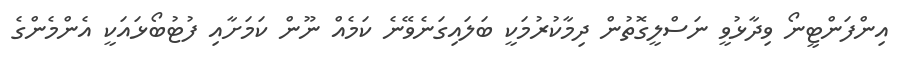
އިންފަންޓީނޯ ވިދާޅުވީ ނަސްލީގޮތުން ދިމާކުރުމަކީ ބަލައިގަނެވޭނެ ކަމެއް ނޫން ކަމަށާއި ފުޓުބޯޅައަކީ އެންމެންގެ